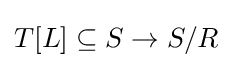
T[L]\subseteq S\rightarrow S/R